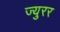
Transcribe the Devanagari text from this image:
ज्युरर